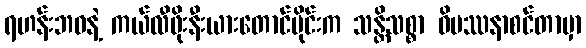
ရဟန်းဘဝနဲ့ ကယ်လီဖိုးနီးယားတောင်ပိုင်းက သန္တိသစ္စာ ဝိပဿနာစင်တာမှာ